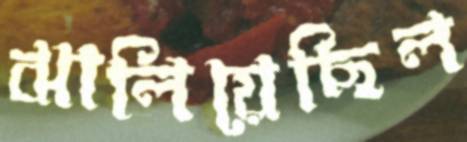
ঝালিয়েছিল